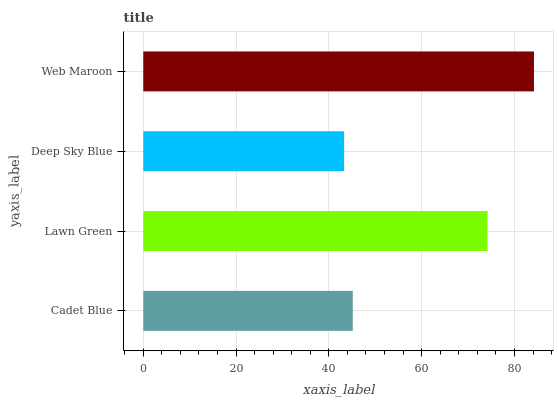
| yaxis_label | bars |
 | --- | --- |
 | Cadet Blue | 45.2 |
 | Lawn Green | 74.2 |
 | Deep Sky Blue | 43.3 |
 | Web Maroon | 84.2 |